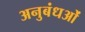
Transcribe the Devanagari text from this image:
अनुबंधओं